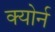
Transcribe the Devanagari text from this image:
क्योर्न